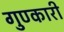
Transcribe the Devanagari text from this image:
गुण्कारी